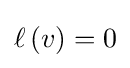
\textstyle \ell \left(v\right)=0